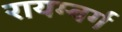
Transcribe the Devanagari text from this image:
रायम्बर्ग